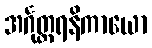
အင်္ဂုတ္တရနိကာယော